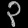
Digit: ၃